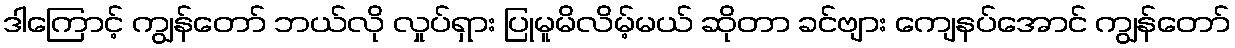
ဒါကြောင့် ကျွန်တော် ဘယ်လို လှုပ်ရှား ပြုမူမိလိမ့်မယ် ဆိုတာ ခင်ဗျား ကျေနပ်အောင် ကျွန်တော်